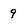
Character: 9